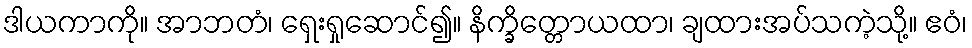
ဒါယကာကို။ အာဘတံ၊ ရှေးရှုဆောင်၍။ နိက္ခိတ္တောယထာ၊ ချထားအပ်သကဲ့သို့။ ဧဝံ၊